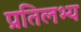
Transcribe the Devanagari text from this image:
प्रतिलभ्य